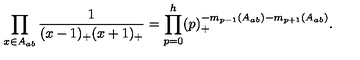
\prod _ { x \in A _ { a b } } \frac { 1 } { ( x - 1 ) _ { + } ( x + 1 ) _ { + } } = \prod _ { p = 0 } ^ { h } ( p ) _ { + } ^ { - m _ { p - 1 } ( A _ { a b } ) - m _ { p + 1 } ( A _ { a b } ) } .